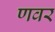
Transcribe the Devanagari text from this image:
णवर